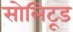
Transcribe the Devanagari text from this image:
सोलिटूड